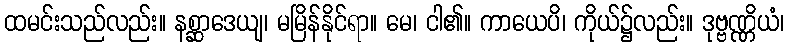
ထမင်းသည်လည်း။ နစ္ဆာဒေယျ၊ မမြိန်နိုင်ရာ။ မေ၊ ငါ၏။ ကာယေပိ၊ ကိုယ်၌လည်း။ ဒုဗ္ဗဏ္ဏိယံ၊